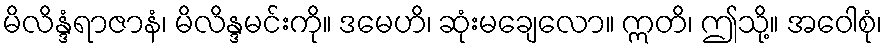
မိလိန္ဒံရာဇာနံ၊ မိလိန္ဒမင်းကို။ ဒမေဟိ၊ ဆုံးမချေလော။ ဣတိ၊ ဤသို့။ အဝေါစုံ၊